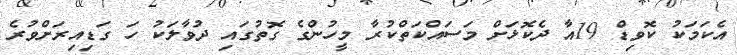
އެކަމަކު ކޮވިޑް 19އާ ދެކޮޅަށް މަސައްކަތްކުރާ މީހުންގެ ގޮތުގައި ދުވާލަކު ހަ ގަޑިއިރަށްވުރެ